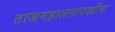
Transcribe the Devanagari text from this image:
ताजमहालसारखीच